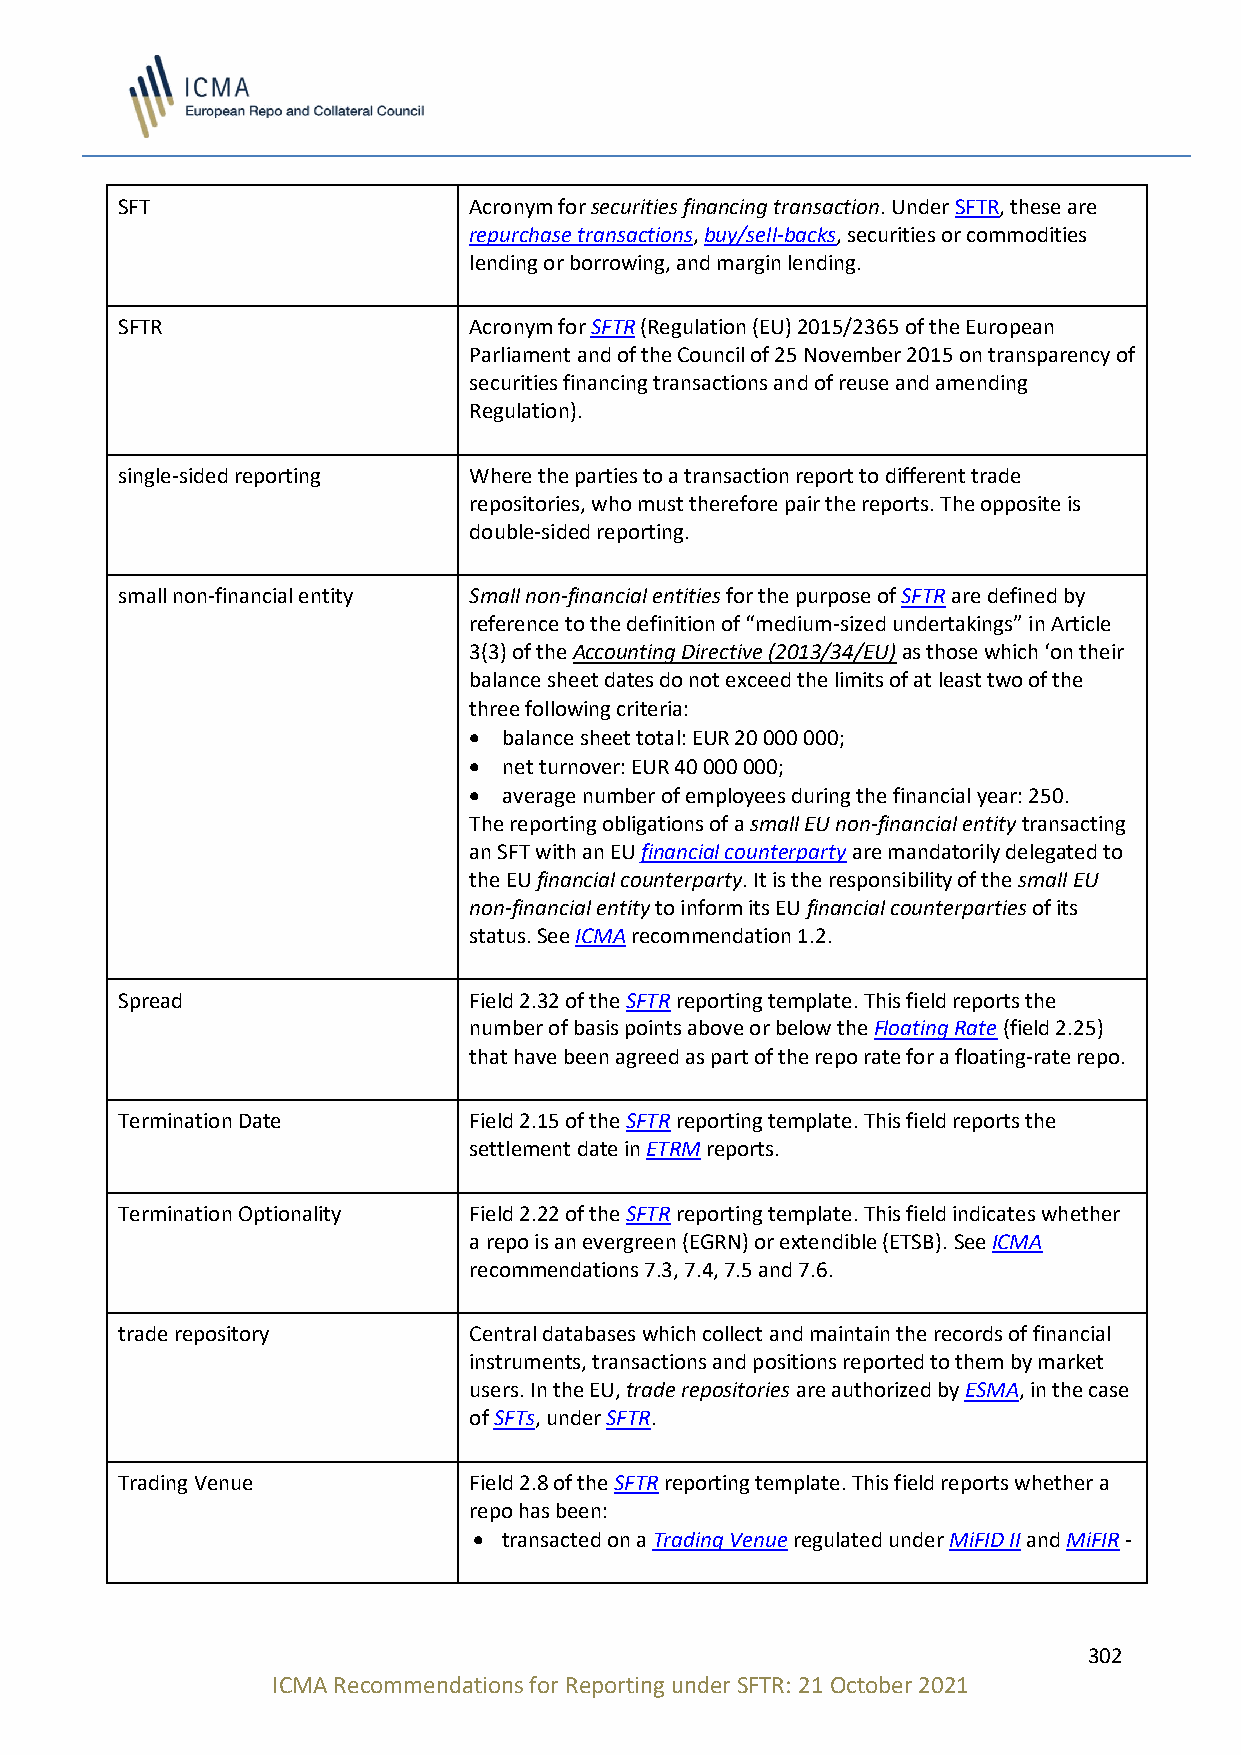
SFT                    Acronym for securities financing transaction. Under SFTR, these are
 repurchase transactions, buy/sell-backs, securities or commodities
 lending or borrowing, and margin lending.
 SFTR                   Acronym for SFTR (Regulation (EU) 2015/2365 of the European
 Parliament and of the Council of 25 November 2015 on transparency of
 securities financing transactions and of reuse and amending
 Regulation).
 single-sided reporting Where the parties to a transaction report to different trade
 repositories, who must therefore pair the reports. The opposite is
 double-sided reporting.
 small non-financial entity Small non-financial entities for the purpose of SFTR are defined by
 reference to the definition of “medium-sized undertakings” in Article
 3(3) of the Accounting Directive (2013/34/EU) as those which ‘on their
 balance sheet dates do not exceed the limits of at least two of the
 three following criteria:
 • balance sheet total: EUR 20 000 000;
 • net turnover: EUR 40 000 000;
 • average number of employees during the financial year: 250.
 The reporting obligations of a small EU non-financial entity transacting
 an SFT with an EU financial counterparty are mandatorily delegated to
 the EU financial counterparty. It is the responsibility of the small EU
 non-financial entity to inform its EU financial counterparties of its
 status. See ICMA recommendation 1.2.
 Spread                 Field 2.32 of the SFTR reporting template. This field reports the
 number of basis points above or below the Floating Rate (field 2.25)
 that have been agreed as part of the repo rate for a floating-rate repo.
 Termination Date       Field 2.15 of the SFTR reporting template. This field reports the
 settlement date in ETRM reports.
 Termination Optionality Field 2.22 of the SFTR reporting template. This field indicates whether
 a repo is an evergreen (EGRN) or extendible (ETSB). See ICMA
 recommendations 7.3, 7.4, 7.5 and 7.6.
 trade repository       Central databases which collect and maintain the records of financial
 instruments, transactions and positions reported to them by market
 users. In the EU, trade repositories are authorized by ESMA, in the case
 of SFTs, under SFTR.
 Trading Venue          Field 2.8 of the SFTR reporting template. This field reports whether a
 repo has been:
 • transacted on a Trading Venue regulated under MiFID II and MiFIR -
 302
 ICMA Recommendations for Reporting under SFTR: 21 October 2021